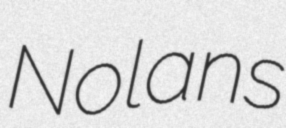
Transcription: Nolans